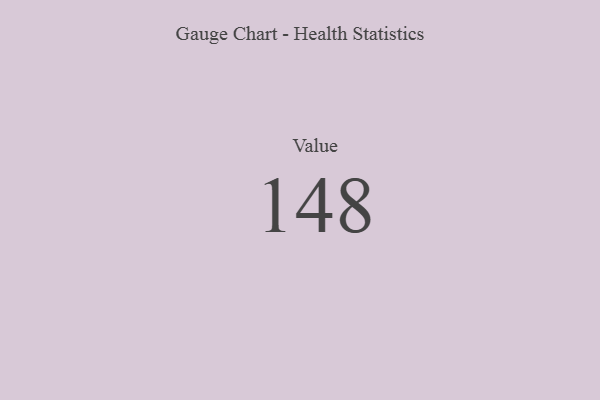
{"axis": {"x": "Metric", "y": "Value"}, "legend": [""], "data": [{"x": "Value", "y": 148, "type": ""}]}